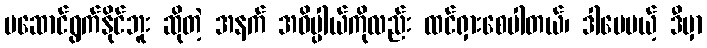
မဆောင်ရွက်နိုင်ဘူး ဆိုတဲ့ အနက် အဓိပ္ပါယ်ကိုလည်း ထင်ရှားစေပါတယ်၊ ဒါပေမယ့် ဒီမှာ